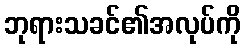
ဘုရားသခင်၏အလုပ်ကို